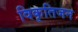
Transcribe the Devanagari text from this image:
विकृतिजन